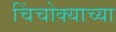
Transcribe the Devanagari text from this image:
चिंचोक्याच्या